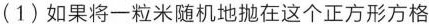
(1)如果将一粒米随机地抛在这个正方形方格